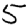
Digit: 5